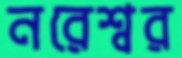
নরেশ্বর